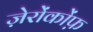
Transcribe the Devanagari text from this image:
ज़ेरोंकोंफ़